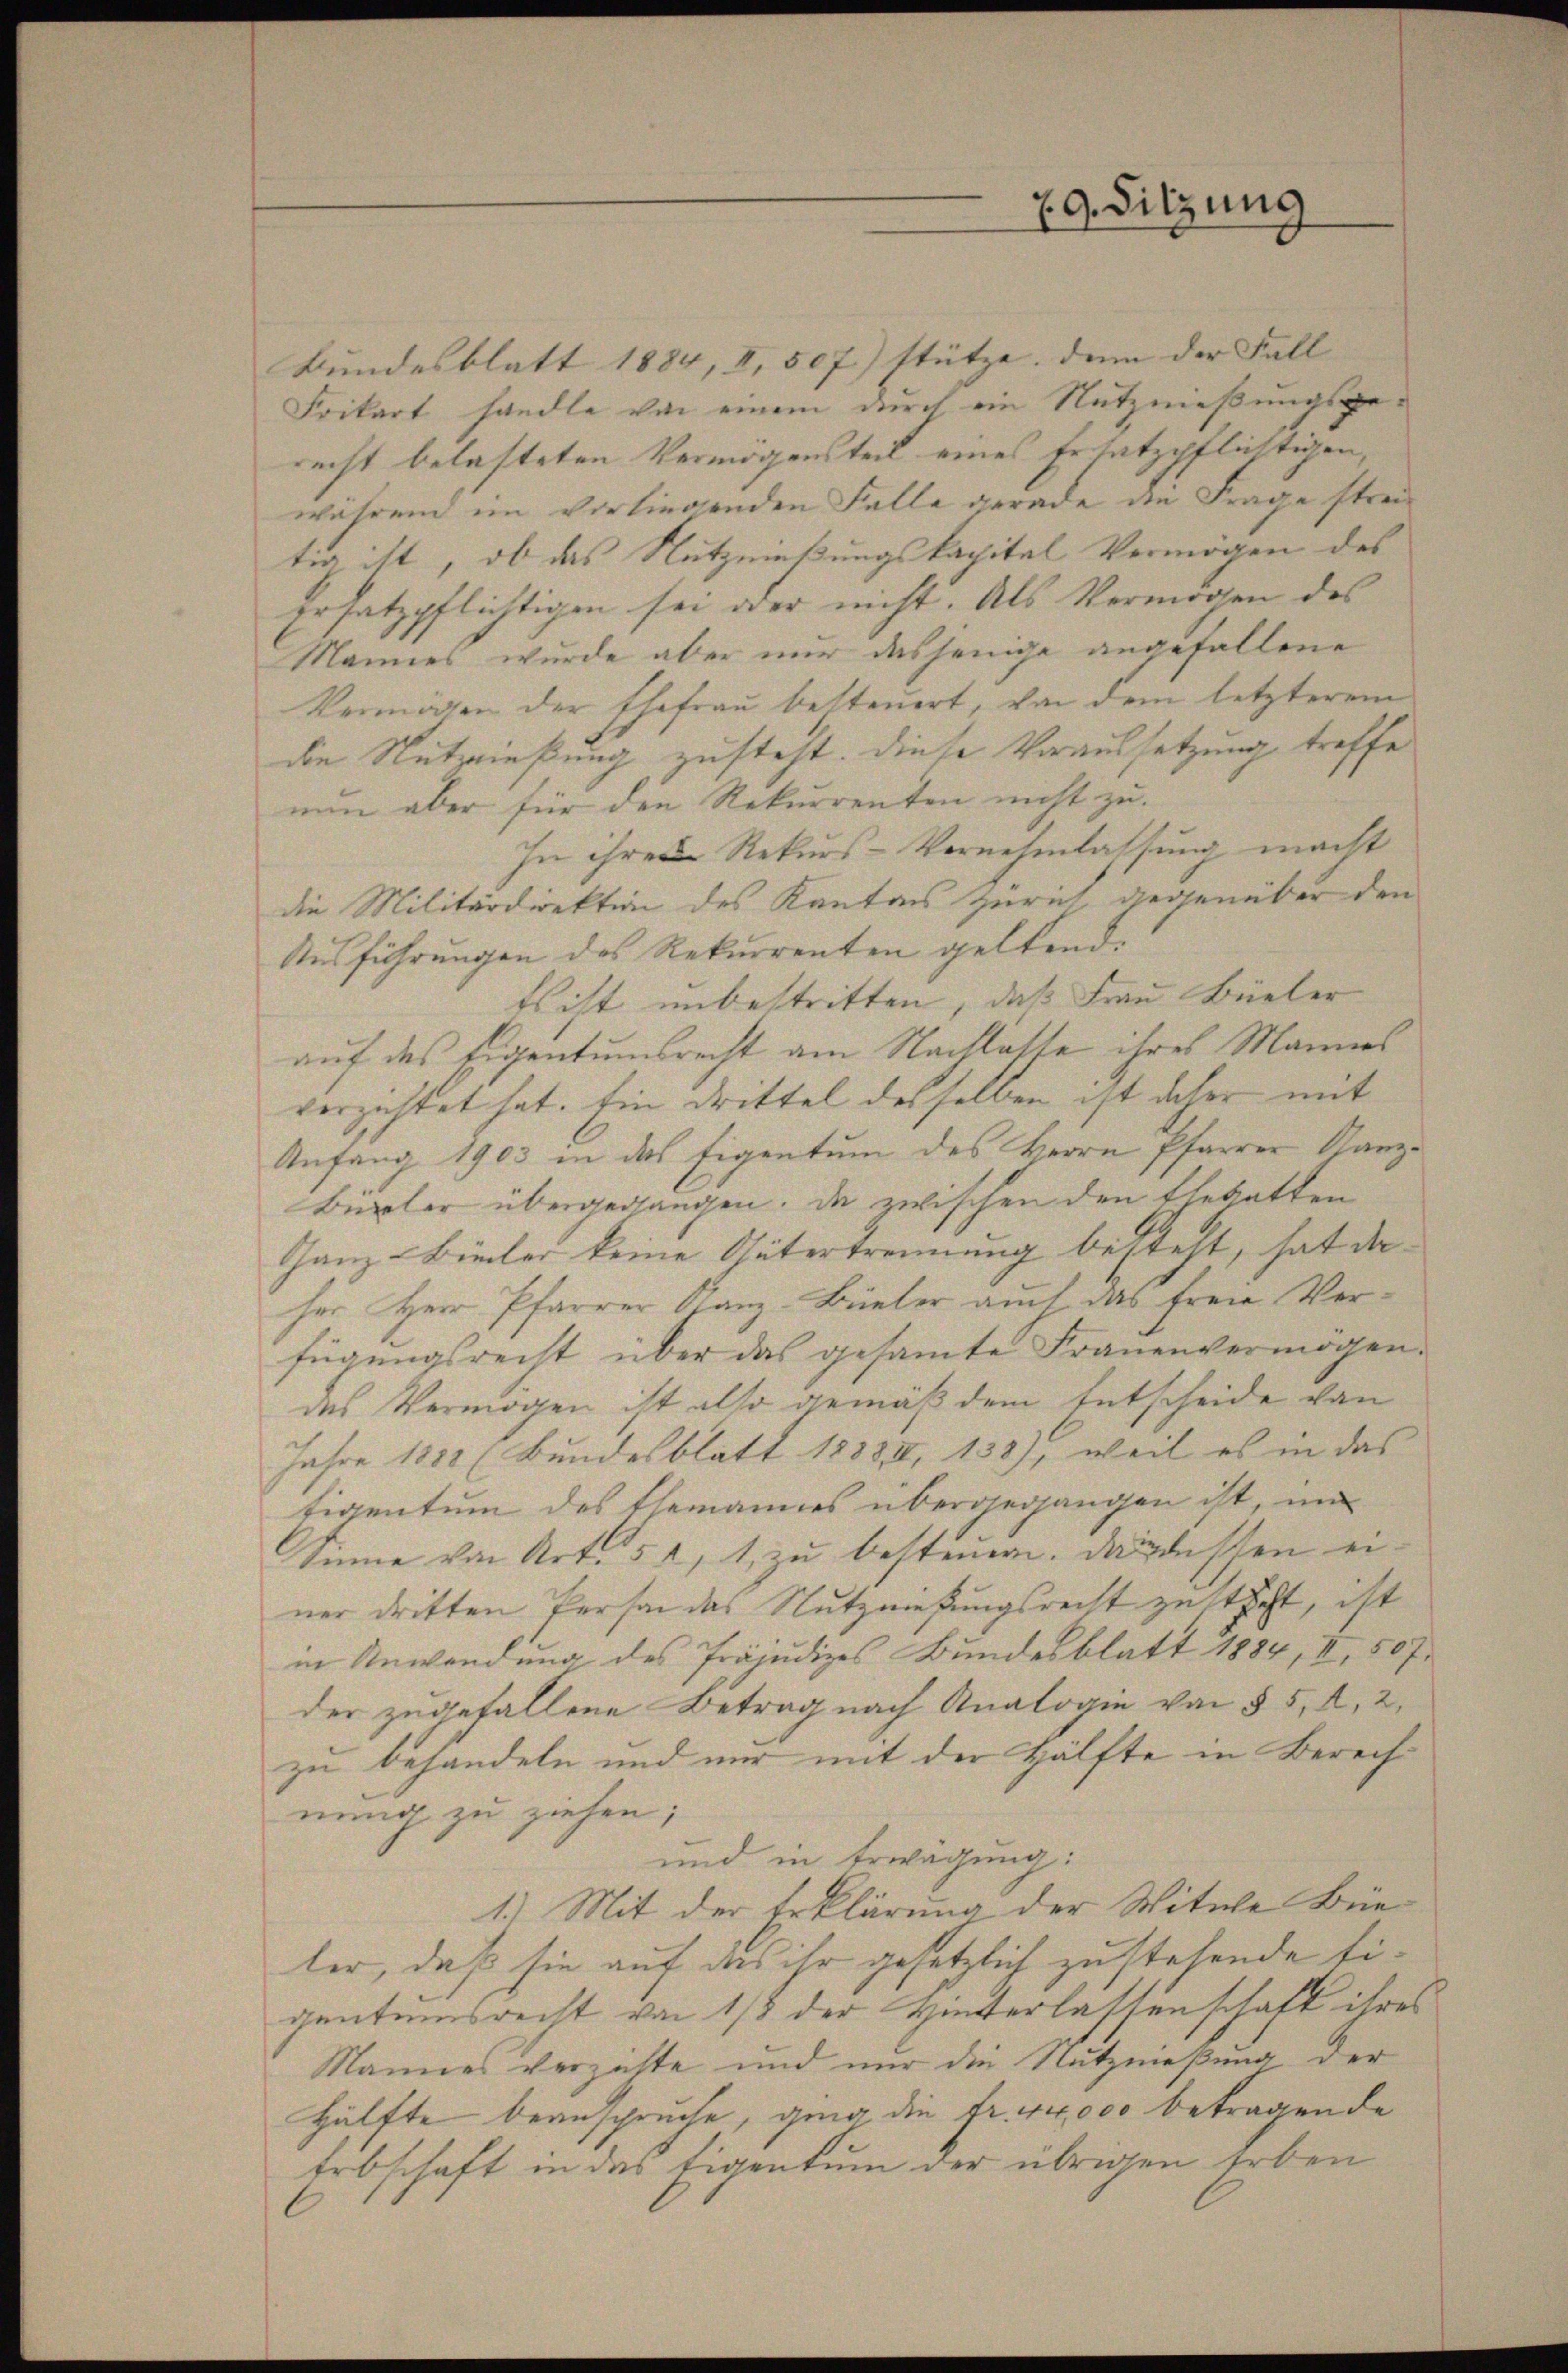
79. Sitzung

Bundesblatt 1884, II, 507) stütze. Denn der Fall |
Frikart handle von einem durch ein Nutznießungsgerecht belasteten Vermögensteil eines Ersatzpflichtigen,
während im vorliegenden Falle gerade die Frage streitig ist, ob das Nutznießungskapital Vermögen des
Ersatzpflichtigen sei oder nicht. Als Vermögen des
Mannes wurde aber nur dasjenige angefallene
Vermögen der Ehefrau besteuert, von dem letzterem
die Nutznießung zusteht. Diese Voraussetzung treffe
nun aber für den Rekurrenten nicht zu
In ihren Rekurs-Vernehmlassung macht
die Militärdirektion des Kantons Zürich, gegenüber den
Ausführungen des Rekurrenten geltend.
Es ist unbestritten, daß Frau Büeler
auf des Eigentumsrecht am Nachlatte ihres Mannes
verzichtet hat. Ein Drittel desselben ist daher mit
Anfang 1903 in das Eigentum des Herrn Pfarrer Kanz¬
Bürler übergegangen, da zwischen den Ehegatten
Ganz-Bieter keine Gütertrennung besteht, hat da
her Herr Pfarrer Tanz-Büeler auch das freie Verfügungsrecht über das gesamte Frauenvermögen.
des Vermögen ist also gemäß dem Entscheide von
Jahre 1882 (Bundesblatt 1883 II, 138), weil es in das
Eigentum des Ehemannes übergegangen ist, und
Sinne von Art. 51, 1, zu besteuern. Da dessen einer dritten Person das Nutzmeßungsrecht zusteht, ist
in Anwendung des Präjudizes Bundesblatt 1884, II, 507.
der zugefallene Betrag nach Analogie von § 5, A, 2,
zu behandeln und nur mit der Hälfte in Berechnung zu ziehen;
und in Erwägung:
1.) Mit der Erklärung der Witwe Bürler, daß sie auf das ihr gesetzlich zu stehende Eigentumsrecht von 1/3 der Hinterlassenschaft ihres
Mannes verzichte und nur die Nutznießung der
Hälfte beanspruche, ging die Fr. 44000 betragende
Erbschaft in das Eigentum der übrigen Erben